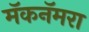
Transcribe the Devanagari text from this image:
मॅकनॅमरा